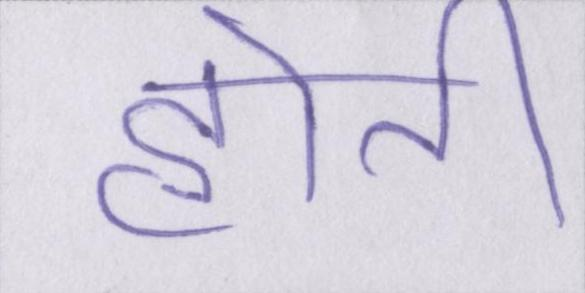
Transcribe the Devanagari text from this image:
होती